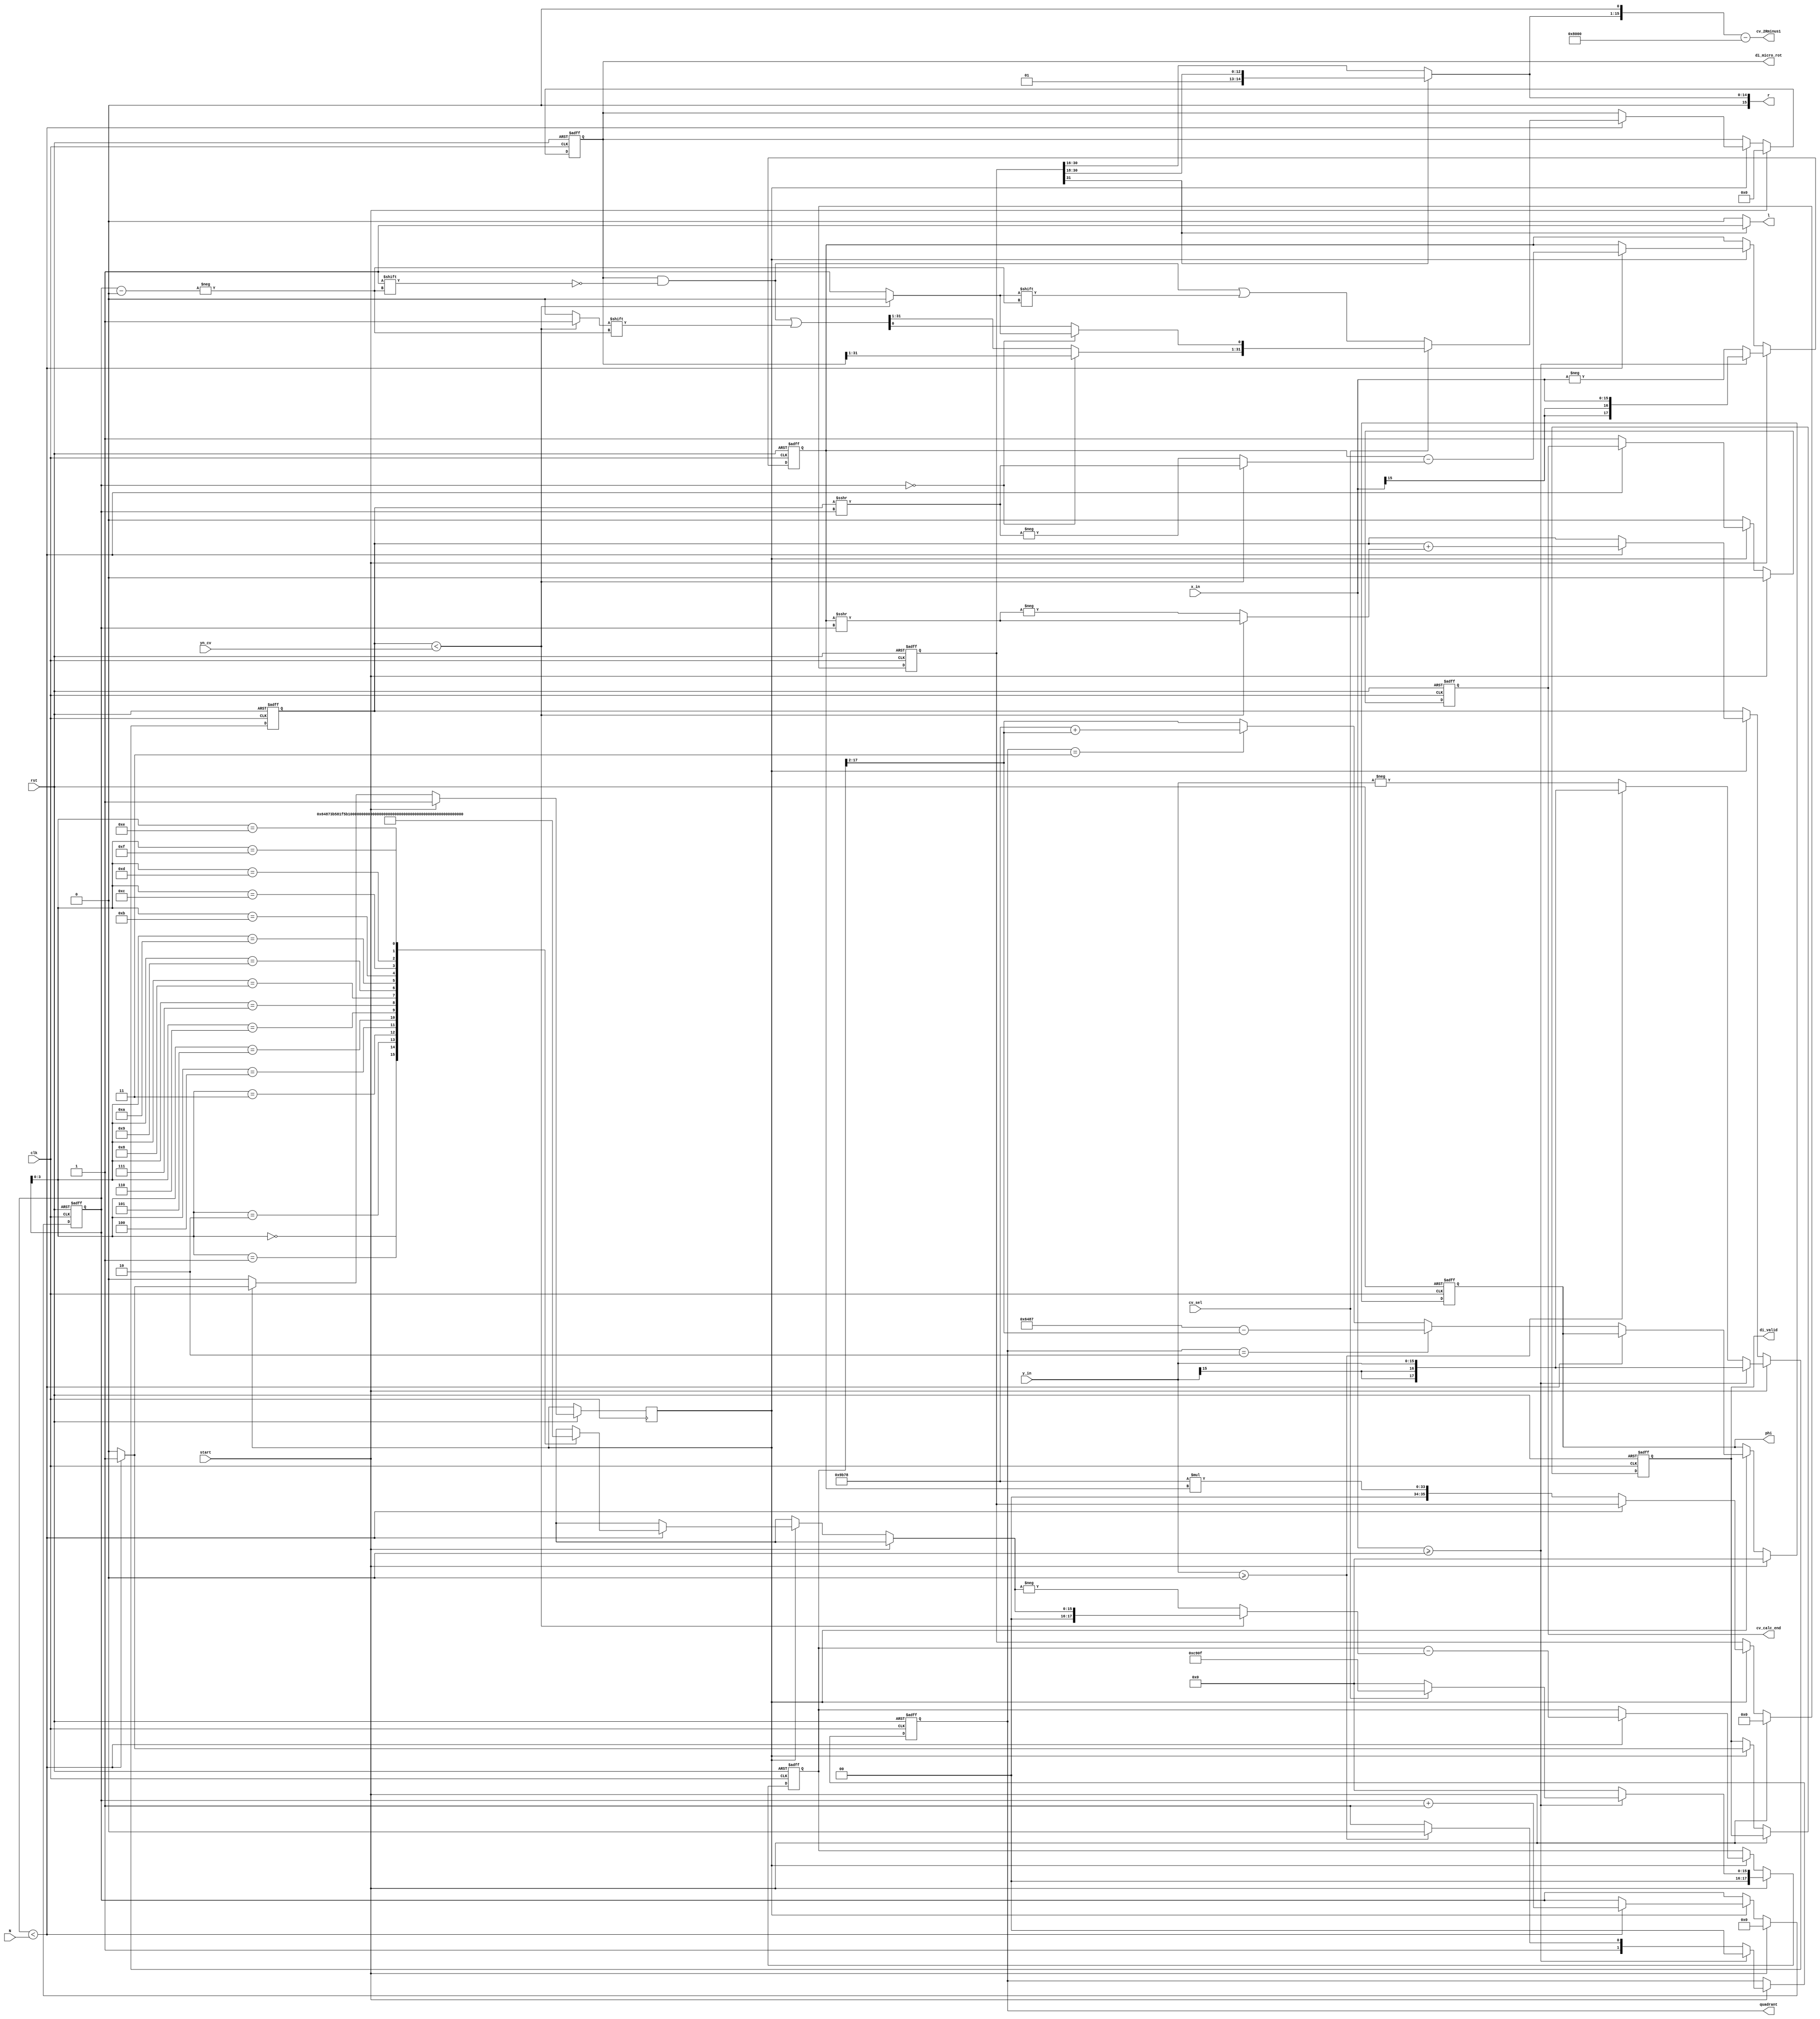
`timescale 1ns / 1ps
//////////////////////////////////////////////////////////////////////////////////
// Company: 
// Engineer: 
// 
// Design Name: 
// Module Name:    CV_CORDIC 
// Project Name: 
// Target Devices: 
// Tool versions: 
// Description: 
//
// Dependencies: 
//
// Revision: 
// Revision 0.01 - File Created
// Additional Comments: 
//
//////////////////////////////////////////////////////////////////////////////////
module CV_CORDIC(
//parameter width = 16;
   input clk,
   input rst,
	 input start,
	 input cv_sel,
	 input wire signed [15:0] x_in, // q1.15 format//1(sign),15(Fractional)//
	 input wire signed [15:0] y_in, // q1.15 format
	 input wire signed [15:0] yn_cv,// q1.15 format
	 input [7:0] N, //No_of_iterations
	 output reg cv_calc_end, 
	 output reg di_valid, 
	 output reg [31:0] di_micro_rot,
	 output reg [1:0] quadrant,
	 output signed [15:0] cv_2Rminus1,//q1.15 format
	 output [15:0] r,//q1.15 format
   output l,
	 output reg signed [15:0] phi//q3.13 format
    );
	 

// Generate table of arctan values
wire signed [15:0] atan_table [0:15]; // q1.15
                        
assign atan_table[00] =	16'h6487; // 45.000 degrees -> atan(2^0)
assign atan_table[01] =  16'h3B58; // 26.565 degrees -> atan(2^-1)
assign atan_table[02] =  16'h1F5B; // 14.036 degrees -> atan(2^-2)
assign atan_table[03] =  16'h0FEA; // atan(2^-3)
assign atan_table[04] = 	16'h07FD;
assign atan_table[05] = 	16'h03FF;
assign atan_table[06] = 	16'h01FF;
assign atan_table[07] = 	16'h00FF;
assign atan_table[08] = 	16'h007F;
assign atan_table[09] = 	16'h003F;
assign atan_table[10] = 	16'h001F;
assign atan_table[11] = 	16'h000F;
assign atan_table[12] = 	16'h0007;
assign atan_table[13] = 	16'h0003;
assign atan_table[14] = 	16'h0001;
assign atan_table[15] = 	16'h0000;


parameter width = 18;
parameter plus_pi = 18'h1921F;//or 19220//32'h6487ED51;//2 bit int,15Fractional 1 sign bit
parameter minus_pi = 18'h26DE0;//32'h6487ED51;//2 bit int,15Fractional 1 sign bit
parameter K = 18'h9B78;//0.6073 in q16 398000
	 
reg signed [width-1:0] x;// q3.15//1(sign),2(int),15(Fractional)
reg signed [width-1:0] y;
reg signed [width-1:0] z;		//q3.15 1(sign),2(int),15(Fractional)
reg signed [35:0] r_k;
reg l_valid;
reg [7:0] itn_cnt;
reg start_latch;

assign r = (r_k[31] == 1)? $unsigned({2'b00, r_k[31:18]}) : $unsigned({r_k[31],r_k[30:16]});//q1.15 r is unsigned value 
assign l = (r_k[31] == 1)? 1: 0; 

assign cv_2Rminus1	= ({r[15:0],1'b0}) - 16'h8000;
always @ (posedge clk or negedge rst)
begin
  if(!rst) begin
	  x 					<= 18'h0000;
	  y 					<= 18'h0000;
	  z					<= 18'h0000;
	  itn_cnt 			<= 8'h00;
	  di_valid			<= 1'b0;
	  cv_calc_end		<= 1'b0;
	  quadrant			<= 2'b00;
	  di_micro_rot 	<= 32'h00000000;
	  r_k 				<= 36'h000000000;
    l_valid <= 0;
	  phi 				<= 16'h0000;
	end
  else if(start) begin
		start_latch	<= 1'b1;	
		cv_calc_end	<= 1'b0;
		itn_cnt		<= 8'h00;
		di_micro_rot 	<= 32'h00000000;
		r_k 				<= 36'h000000000;
    l_valid <= 0;
		phi 				<= 16'h0000;
    if (x_in >= 0) begin // 1st or 4th Quadrant // y_in greater or lesser than 0
		  x	<= {{2{x_in[15]}},x_in};   // q3.15
		  y	<= {{2{y_in[15]}},y_in};  // q3.15
		  z 	<= cv_sel==1'b1 ? 18'hC90f:18'h0000 ;  //q3.15//@cv_sel_1 load 90degree
		  quadrant			<= 2'b00;
		end
    else if (y_in >= 0) begin// 2nd Quadrant // if x_in < 0, check y>0
		  x	<= -x_in;//Moving to 1st quadrant
		  y	<= y_in;
		  z 	<= 18'h0000;//plus_pi;
		  quadrant			<= 2'b10;
		end
    else begin // 3rd quadrant
		  x	<= -x_in;//Moving to 1st quadrant
		  y	<= -y_in;
		  z 	<= 18'h0000;//minus_pi;
		  quadrant			<= 2'b11;
		end
	end
  else begin//!start
		if((start_latch)) begin
			if(itn_cnt<N) begin
			  x <= x - (y < yn_cv ? (y >>> itn_cnt) : -(y >>> itn_cnt));
			  y <= y + (y < yn_cv ? (x >>> itn_cnt) : -(x >>> itn_cnt));
			  z <= z - (y < yn_cv ? {2'b0,atan_table[itn_cnt]} : -{2'b0,atan_table[itn_cnt]});
			  itn_cnt	<= itn_cnt + 1;
				if(!cv_sel)
				  di_micro_rot[itn_cnt]	<= (y < yn_cv ? 0 : 1);// micro_rot = not di
				else begin
					if(itn_cnt==0)
					  di_micro_rot[0]			<= (y < yn_cv ? 0 : 1);// micro_rot = not di
					else
					  di_micro_rot[itn_cnt]	<= (y < yn_cv ? 1 : 0);// micro_rot = not(not di)
				end
			  di_valid	<= 1;
			end	
			else begin
			  r_k			<= K*x;//q2.16 * q3.15 = q5.31  //	
				if(quadrant	== 2'b10)
				  phi			<= 16'h6487 - z[17:2];//180-z
				else if(quadrant	== 2'b11)
				  phi			<= 16'h9B78 + z[17:2];//-180+z
				else	// 1st/4th quad
				  phi			<= z[17:2];//q3.13	
			  di_valid		<= 0;
			  cv_calc_end	<= 1'b1;
			  start_latch	<= 0;
			end
		end
		else if(cv_calc_end) begin
		  cv_calc_end	<= 1'b0;	
		end
	end	
end

endmodule